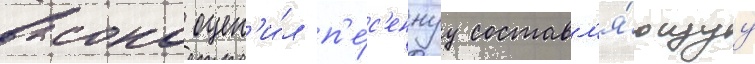
высоко оцен'и́л п'е́с'еннуу составл'я́ющуу